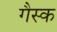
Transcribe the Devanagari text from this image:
गैस्क